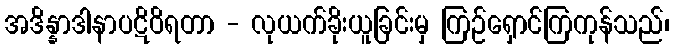
အဒိန္နာဒါနာပဋိဝိရတာ - လုယက်ခိုးယူခြင်းမှ ကြဉ်ရှောင်ကြကုန်သည်၊